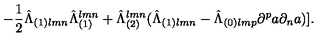
- { \frac { 1 } { 2 } } { \hat { \Lambda } } _ { ( 1 ) l m n } { \hat { \Lambda } } _ { ( 1 ) } ^ { l m n } + { \hat { \Lambda } } _ { ( 2 ) } ^ { l m n } ( { \hat { \Lambda } } _ { ( 1 ) l m n } - { \hat { \Lambda } } _ { ( 0 ) l m p } \partial ^ { p } a \partial _ { n } a ) ] .